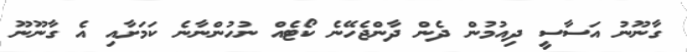
ގާނޫނު އަސާސީ ދިއުމުން ދެން ދާންޖެހޭނެ ކޯޓެއް ނުހުންނާނެ ކަމަށާއި އެ ގާނޫނޫ